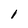
Character: 1